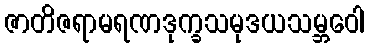
ဇာတိဇရာမရဏဒုက္ခသမုဒယသမ္ဘဝေါ